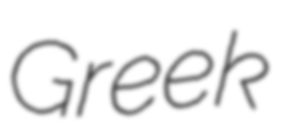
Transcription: Greek